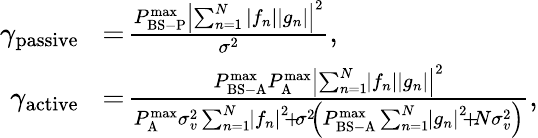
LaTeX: \begin{array}{rl}{{\gamma_{{\mathrm{passive}}}}}&{\! =\! \frac{{P_{{\mathrm{BS-P}}}^{\operatorname*{max}}{{\left|{\sum_{n=1}^{N}{\left|{{f_{n}}}\right|\left|{{g_{n}}}\right|}}\right|}^{2}}}}{{{\sigma^{2}}}},}\\ {\! \gamma_{\mathrm{active}}}&{\! =\! \frac{{P_{{\mathrm{BS-A}}}^{{\operatorname*{max}}}P_{\mathrm{A}}^{{\operatorname*{max}}}{{\left|{\sum_{n=1}^{N}\! {\left|{{f_{n}}}\right|\left|{{g_{n}}}\right|}}\right|}^{2}}}}{{P_{\mathrm{A}}^{{\operatorname*{max}}}\sigma_{v}^{2}\sum_{n=1}^{N}\! {{{\left|{{f_{n}}}\right|}^{2}}}\! +\! {\sigma^{2}}\! \left({P_{{\mathrm{BS-A}}}^{{\operatorname*{max}}}\sum_{n=1}^{N}\! {{{\left|{{g_{n}}}\right|}^{2}}\! +\! N\sigma_{v}^{2}}}\right)}},}\end{array}